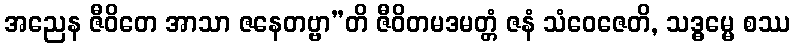
အညေန ဇီဝိတေ အာသာ ဇနေတဗ္ဗာ”တိ ဇီဝိတမဒမတ္တံ ဇနံ သံဝေဇေတိ, သဒ္ဓမ္မေ စဿ